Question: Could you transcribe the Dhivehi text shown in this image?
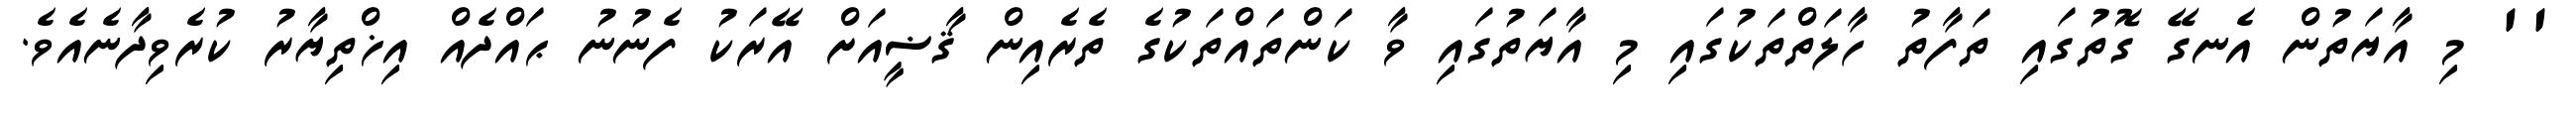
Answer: '' މި އާޔަތުން އެނގޭ ގޮތުގައި ތަފާތު ހާލަތްތަކުގައި މި އާޔަތުގައި ވާ ކަންތައްތަކުގެ ތެރެއިން ޤާޟީއަށް އޭރަކު ފެނުނު ޙައްދެއް އިޚްތިޔާރު ކުރެވިދާނެއެވެ.